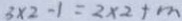
3 \times 2 - 1 = 2 \times 2 + m